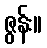
ဇွန်း။